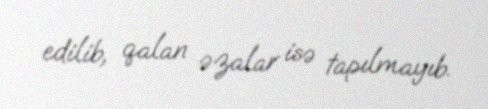
edilib, qalan əzalar isə tapılmayıb.